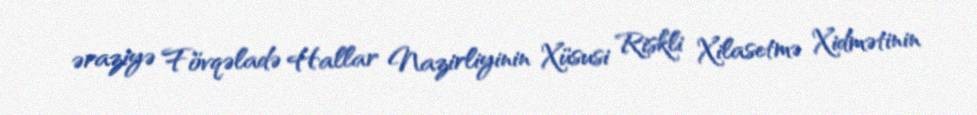
əraziyə Fövqəladə Hallar Nazirliyinin Xüsusi Riskli Xilasetmə Xidmətinin